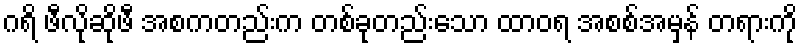
ဂရိ ဖီလိုဆိုဖီ အစကတည်းက တစ်ခုတည်းသော ထာဝရ အစစ်အမှန် တရားကို